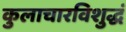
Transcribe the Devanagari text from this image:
कुलाचारविशुद्धं